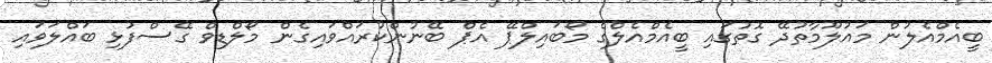
ބީއެމްއެލުން މައުލޫމާތުދޭ ގޮތުގައި ބީއެމްއެލްގެ މޯބައިލްޕޭ އެޕް ބޭނުންކުރައްވައިގެން މޯލްޑިވް ގޭސްފުޅި ބައްލަވައި